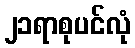
၂၁ရာစုပင်လုံ